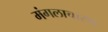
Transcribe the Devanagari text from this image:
मंगलाचारण